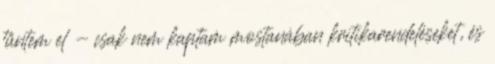
tűntem el - csak nem kaptam mostanában kritikarendeléseket, és